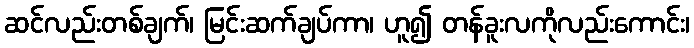
ဆင်လည်းတစ်ချက်၊ မြင်းဆက်ချပ်ကာ၊ ဟူ၍ တန်ခူးလကိုလည်းကောင်း၊